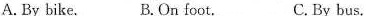
A. By bike. B. On foot. C. By bus.